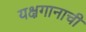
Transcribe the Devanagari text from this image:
यक्षगानाची